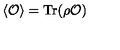
\langle { \cal O } \rangle = \mathrm { T r } ( \rho { \cal O } )